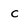
Character: c